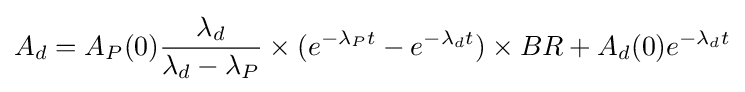
A_{d}=A_{P}(0){\frac {\lambda _{d}}{\lambda _{d}-\lambda _{P}}}\times (e^{-\lambda _{P}t}-e^{-\lambda _{d}t})\times BR+A_{d}(0)e^{-\lambda _{d}t}